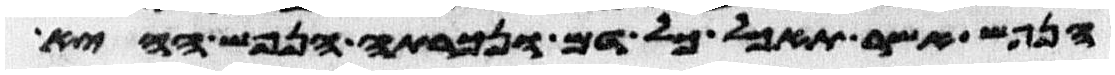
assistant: הנפש אשר תאכל כל דם ונכרתה הנפש ההיא